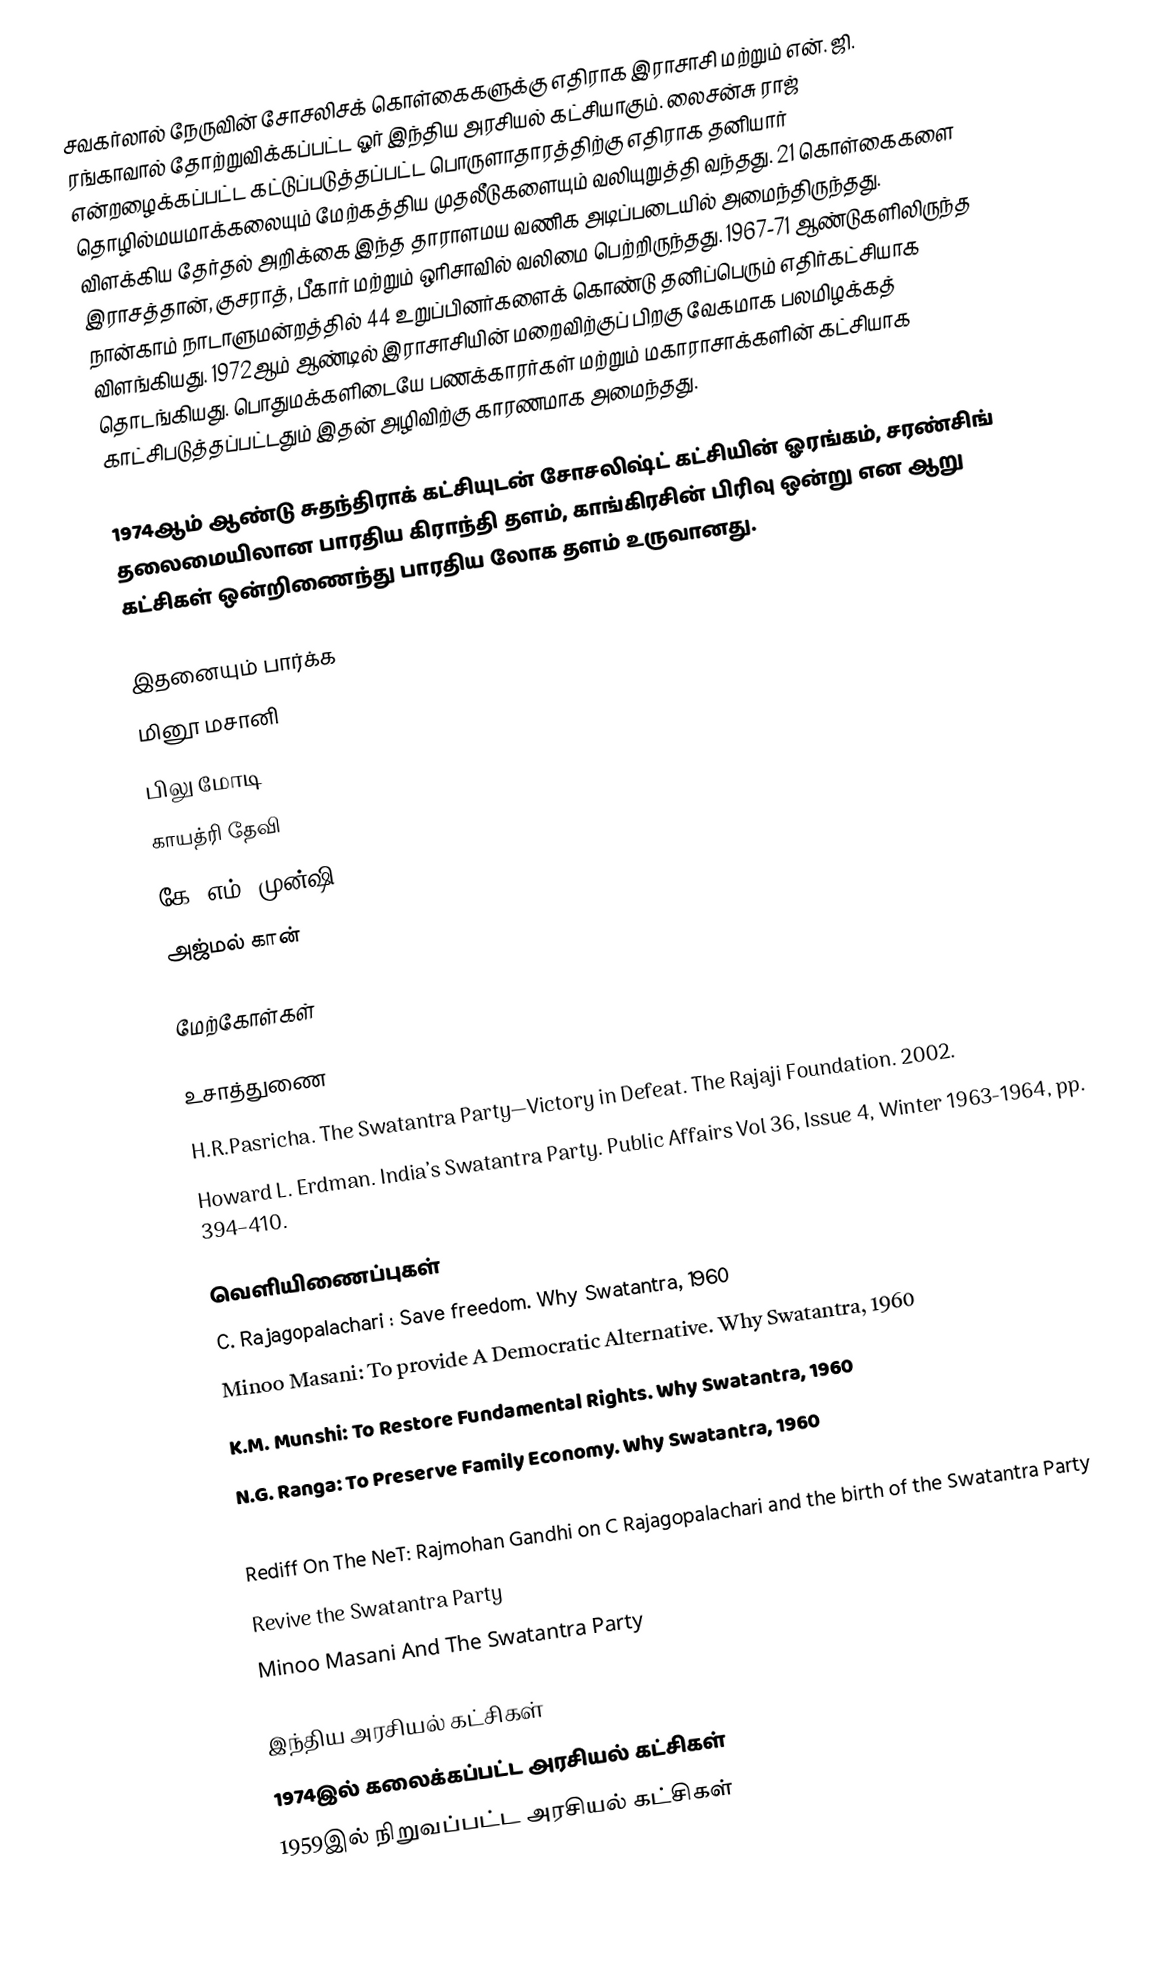
சவகர்லால் நேருவின் சோசலிசக் கொள்கைகளுக்கு எதிராக இராசாசி மற்றும் என். ஜி. ரங்காவால் தோற்றுவிக்கப்பட்ட ஓர் இந்திய அரசியல் கட்சியாகும். லைசன்சு ராஜ் என்றழைக்கப்பட்ட கட்டுப்படுத்தப்பட்ட பொருளாதாரத்திற்கு எதிராக தனியார் தொழில்மயமாக்கலையும் மேற்கத்திய முதலீடுகளையும் வலியுறுத்தி வந்தது. 21 கொள்கைகளை விளக்கிய தேர்தல் அறிக்கை  இந்த தாராளமய வணிக அடிப்படையில் அமைந்திருந்தது. இராசத்தான், குசராத், பீகார் மற்றும் ஒரிசாவில் வலிமை பெற்றிருந்தது. 1967-71 ஆண்டுகளிலிருந்த நான்காம் நாடாளுமன்றத்தில் 44 உறுப்பினர்களைக் கொண்டு தனிப்பெரும் எதிர்கட்சியாக விளங்கியது. 1972ஆம் ஆண்டில் இராசாசியின் மறைவிற்குப் பிறகு வேகமாக பலமிழக்கத் தொடங்கியது. பொதுமக்களிடையே பணக்காரர்கள் மற்றும் மகாராசாக்களின் கட்சியாக காட்சிபடுத்தப்பட்டதும் இதன் அழிவிற்கு காரணமாக அமைந்தது.

1974ஆம் ஆண்டு சுதந்திராக் கட்சியுடன் சோசலிஷ்ட் கட்சியின் ஓரங்கம், சரண்சிங் தலைமையிலான பாரதிய கிராந்தி தளம், காங்கிரசின் பிரிவு ஒன்று என ஆறு கட்சிகள் ஒன்றிணைந்து பாரதிய லோக தளம் உருவானது.

இதனையும் பார்க்க
 மினூ மசானி
 பிலு மோடி
 காயத்ரி தேவி
 கே. எம். முன்ஷி
 அஜ்மல் கான்

மேற்கோள்கள்

உசாத்துணை
 H.R.Pasricha. The Swatantra Party—Victory in Defeat. The Rajaji Foundation. 2002.
 Howard L. Erdman. India’s Swatantra Party. Public Affairs Vol 36, Issue 4, Winter 1963-1964, pp. 394–410.

வெளியிணைப்புகள்
 C. Rajagopalachari : Save freedom. Why Swatantra, 1960
 Minoo Masani: To provide A Democratic Alternative. Why Swatantra, 1960
 K.M. Munshi: To Restore Fundamental Rights. Why Swatantra, 1960
 N.G. Ranga: To Preserve Family Economy. Why Swatantra, 1960
 A number of links at sabhlokcity.com
 Rediff On The NeT: Rajmohan Gandhi on C Rajagopalachari and the birth of the Swatantra Party
 Revive the Swatantra Party
 Minoo Masani And The Swatantra Party

இந்திய அரசியல் கட்சிகள்
1974இல் கலைக்கப்பட்ட அரசியல் கட்சிகள்
1959இல் நிறுவப்பட்ட அரசியல் கட்சிகள்